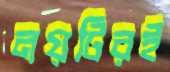
নয়টিরই